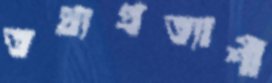
তথ্যপ্রত্যাশী